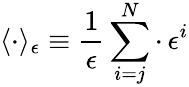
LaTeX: \langle\cdot\rangle_{\epsilon}\equiv\frac{1}{\epsilon}\sum_{i=j}^{N}\cdot\, \epsilon^{i}